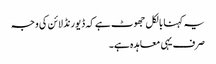
یہ کہنا بالکل جھوٹ ہے کہ ڈیورنڈ لائن کی وجہ
صرف یہی معاہدہ ہے۔